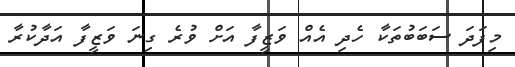
މިފަދަ ސަބަބުތަކާ ހެދި އެއް ވަޒީފާ އަށް ވުރެ ގިނަ ވަޒީފާ އަދާކުރާ